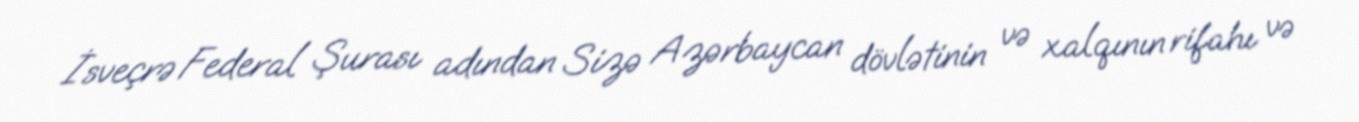
İsveçrə Federal Şurası adından Sizə Azərbaycan dövlətinin və xalqının rifahı və